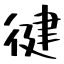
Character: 徤